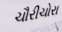
ચૌરીચોરા